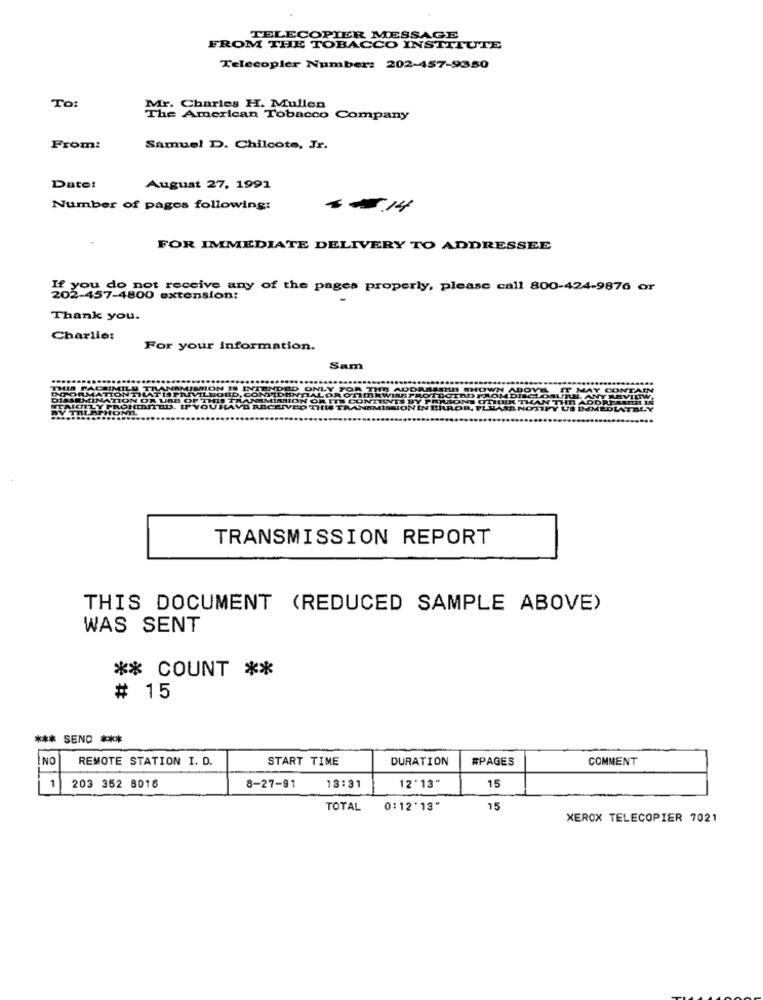
TELECOPIER MESSAGE
FROM THE TOBACCO INSTITUTE
Telecopier Number: 202-457-9350
To:
Mr. Charles H. Mullen
American Tobacco Company
From:
Samuel D. Chilcote, Jr.
Date:
August 27, 1991
Number of pages following:
FOR IMMEDIATE DELIVERY TO ADDRESSEE
If you do not receive any of the pages properly, please call 800-424-9876 or
202-457-4800 extension:
Thank you.
Charlie:
For your information.
Sam
TRANSMISSION REPORT
THIS DOCUMENT (REDUCED SAMPLE ABOVE)
WAS SENT
** COUNT **
# 15
* SEND ***
NO
REMOTE STATION I. D.
START TIME
DURATION
#PAGES
COMMENT
15
1
203 352 8018
8-27-81
13:31
12'13"
TOTAL
0:12'13"
15
XEROX TELECOPIER 7021